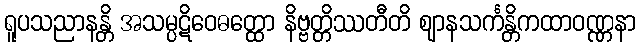
ရူပသညာနန္တိ အသမ္ပဋိဝေဓတ္ထော နိဗ္ဗတ္တိဿတီတိ ဈာနသင်္ကန္တိကထာဝဏ္ဏနာ